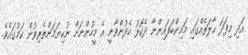
އަދި މިފަދަ ޙާލަތެއްގައި މައިންބަފައިންނާ ދެކޮޅު ހެދުންވާނީ އެ މީހުންނަށް ނުކިޔަމަންތެރިވުން ކަމުގައެވެ.